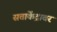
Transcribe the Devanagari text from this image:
सत्ताकेंद्रावर